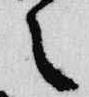
之